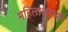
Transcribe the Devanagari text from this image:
महिलाश्रमाशी